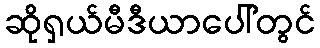
ဆိုရှယ်မီဒီယာပေါ်တွင်